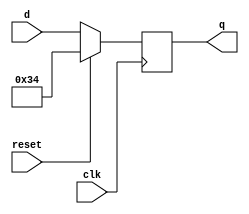
module top_module (
    input clk,
    input reset,            // Synchronous reset
    input [7:0] d,
    output [7:0] q
);

always @(negedge clk) begin
if (reset)
q <= 8'h34;
else
q <= d;
end

endmodule